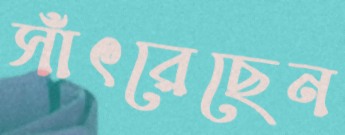
সাঁৎরেছেন